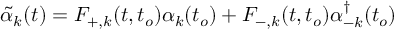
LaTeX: \tilde { \alpha } _ { k } ( t ) = { \cal { F } } _ { + , k } ( t , t _ { o } ) { \alpha } _ { k } ( t _ { o } ) + { \cal { F } } _ { - , k } ( t , t _ { o } ) { \alpha } _ { - k } ^ { \dagger } ( t _ { o } )